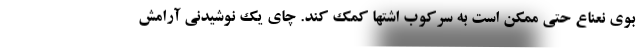
بوی نعناع حتی ممکن است به سرکوب اشتها کمک کند. چای یک نوشیدنی آرامش